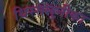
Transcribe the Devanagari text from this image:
थिस्सलुनीका